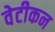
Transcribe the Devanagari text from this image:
वेटीकन